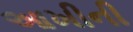
આખીની